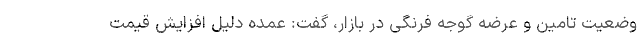
وضعیت تامین و عرضه گوجه فرنگی در بازار، گفت: عمده دلیل افزایش قیمت